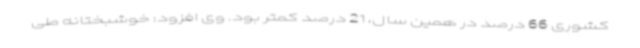
کشوری 66 درصد در همین سال، 21 درصد کمتر بود. وی افزود: خوشبختانه طی